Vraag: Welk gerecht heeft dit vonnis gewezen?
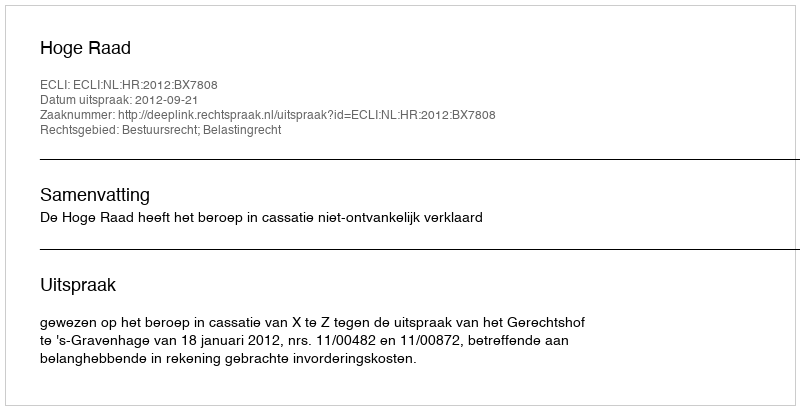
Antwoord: Hoge Raad